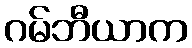
ဂမ်ဘီယာက